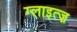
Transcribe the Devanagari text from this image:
ग्लाइत्ज़